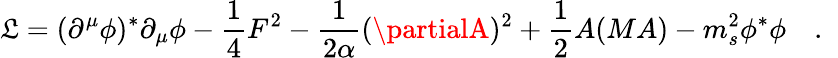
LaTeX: {\cal\mathfrak{L}}=(\partial^{\mu}\phi)^{\ast}\partial_{\mu}\phi-{\frac{{1}}{{4}}}F^{2}-{\frac{{1}}{{2\alpha}}}(\partialA)^{2}+{\frac{{1}}{{2}}}A(MA)-m_{s}^{2}\phi^{\ast}\phi\quad.\; \;